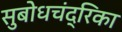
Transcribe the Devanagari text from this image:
सुबोधचंद्रिका